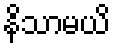
နိသာမယိ